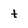
Character: t